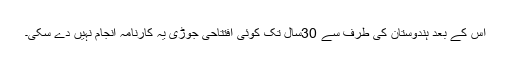
اس کے بعد ہندوستان کی طرف سے 30سال تک کوئی افتتاحی جوڑی یہ کارنامہ انجام نہیں دے سکی۔